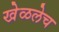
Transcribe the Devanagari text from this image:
खेळलेच